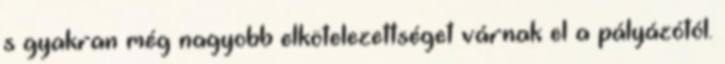
s gyakran még nagyobb elkötelezettséget várnak el a pályázótól.